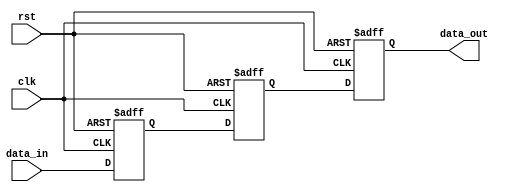
module three_flop_synchronizer (
    input wire clk,
    input wire rst,
    input wire data_in,
    output reg data_out
);

reg [2:0] q [0:2]; // 3 flip flops

always @(posedge clk or posedge rst)
begin
    if (rst)
    begin
        q[0] <= 1'b0;
        q[1] <= 1'b0;
        q[2] <= 1'b0;
    end
    else
    begin
        q[0] <= data_in;
        q[1] <= q[0];
        q[2] <= q[1];
    end
end

assign data_out = q[2];

endmodule